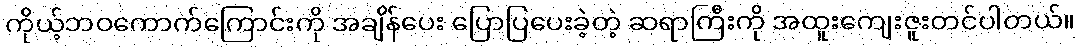
ကိုယ့်ဘဝကောက်ကြောင်းကို အချိန်ပေး ပြောပြပေးခဲ့တဲ့ ဆရာကြီးကို အထူးကျေးဇူးတင်ပါတယ်။